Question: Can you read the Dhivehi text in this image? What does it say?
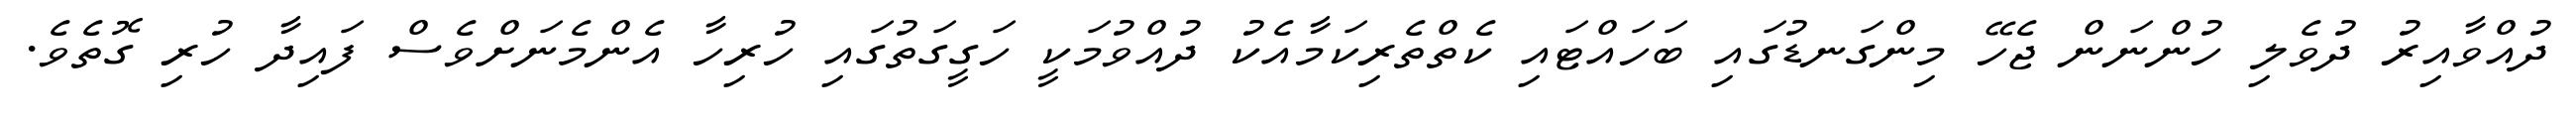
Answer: ދުއްވާއިރު ދުވެލި ހުންނަން ޖެހޭ މިންގަނޑުގައި ބަހައްޓައި ކެތްތެރިކަމާއެކު ދުއްވުމަކީ ހަގީގަތުގައި ހުރިހާ އެންމެނަށްވެސް ފައިދާ ހުރި ގޮތެވެ.